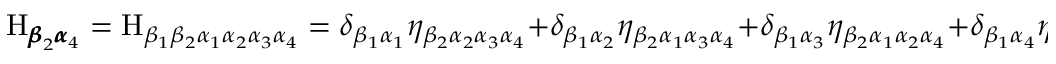
\mathrm { H } _ { { \pmb \beta } _ { 2 } { \pmb \alpha } _ { 4 } } = \mathrm { H } _ { \beta _ { 1 } \beta _ { 2 } \alpha _ { 1 } \alpha _ { 2 } \alpha _ { 3 } \alpha _ { 4 } } = \delta _ { \beta _ { 1 } \alpha _ { 1 } } \eta _ { \beta _ { 2 } \alpha _ { 2 } \alpha _ { 3 } \alpha _ { 4 } } + \delta _ { \beta _ { 1 } \alpha _ { 2 } } \eta _ { \beta _ { 2 } \alpha _ { 1 } \alpha _ { 3 } \alpha _ { 4 } } + \delta _ { \beta _ { 1 } \alpha _ { 3 } } \eta _ { \beta _ { 2 } \alpha _ { 1 } \alpha _ { 2 } \alpha _ { 4 } } + \delta _ { \beta _ { 1 } \alpha _ { 4 } } \eta _ { \beta _ { 2 } \alpha _ { 1 } \alpha _ { 2 } \alpha _ { 3 } }